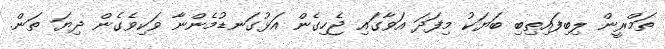
ތަމްރީން ލިބިފައިތިބި ބަޔަކު މިފަދަ އަވާގައި ޖެހިގެން އަޅުގަނޑުމެންނާ ވަކިވެގެން ދިޔަ ތަން.